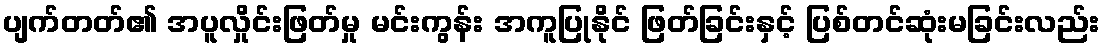
ပျက်တတ်၏ အပူလှိုင်းဖြတ်မှု မင်းကွန်း အကူပြုနိုင် ဖြတ်ခြင်းနှင့် ပြစ်တင်ဆုံးမခြင်းလည်း